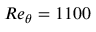
R e _ { \theta } = 1 1 0 0